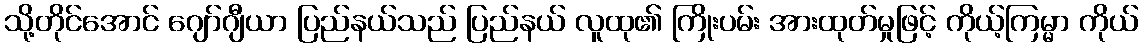
သို့တိုင်အောင် ဂျော်ဂျီယာ ပြည်နယ်သည် ပြည်နယ် လူထု၏ ကြိုးပမ်း အားထုတ်မှုဖြင့် ကိုယ့်ကြမ္မာ ကိုယ်